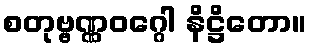
စတုဗ္ဗဏ္ဏဝဂ္ဂေါ နိဋ္ဌိတော။